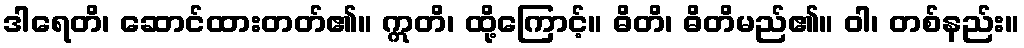
ဒါရေတိ၊ ဆောင်ထားတတ်၏။ ဣတိ၊ ထို့ကြောင့်။ ဓိတိ၊ ဓိတိမည်၏။ ဝါ၊ တစ်နည်း။